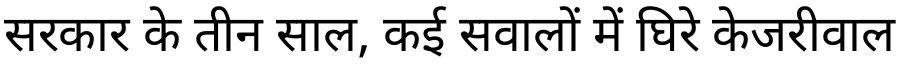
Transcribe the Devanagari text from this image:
सरकार के तीन साल, कई सवालों में घिरे केजरीवाल